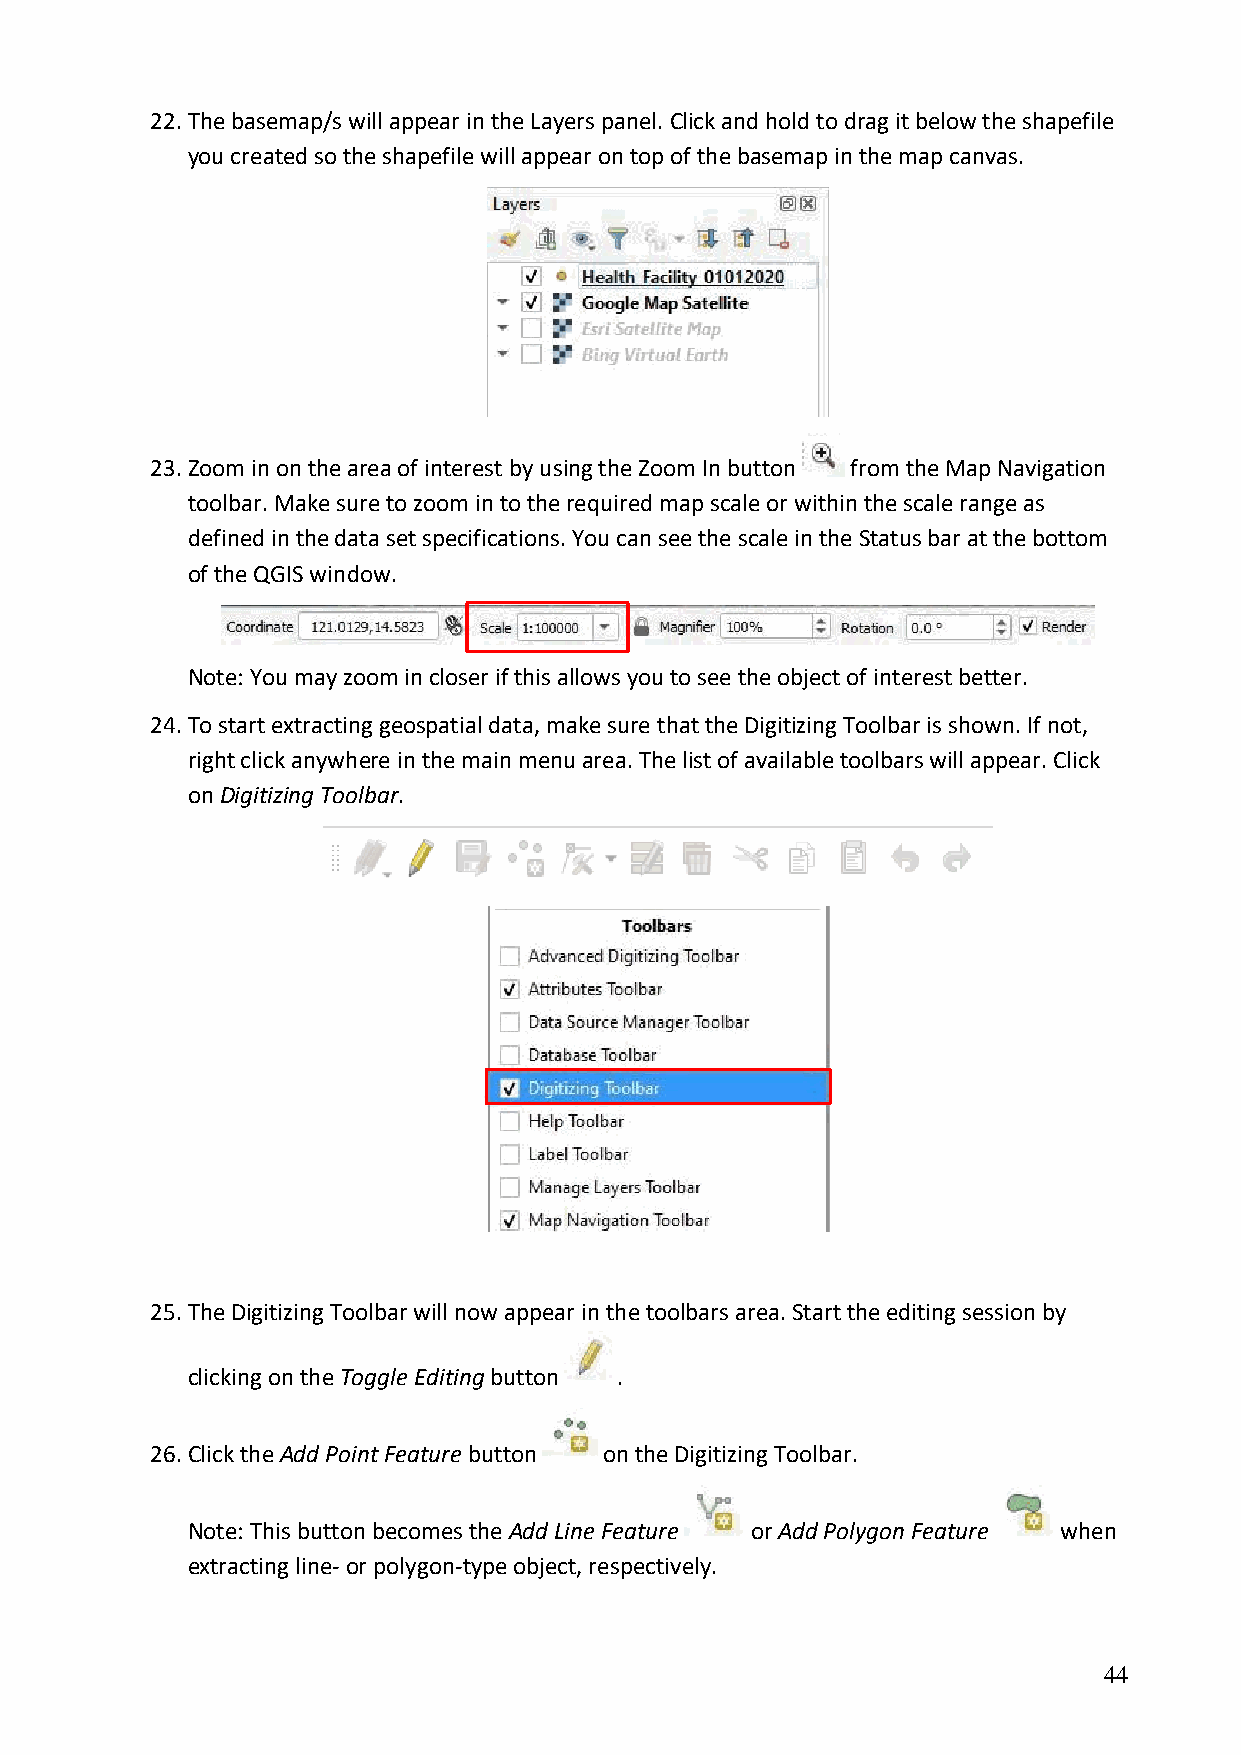
22. The basemap/s will appear in the Layers panel. Click and hold to drag it below the shapefile
 you created so the shapefile will appear on top of the basemap in the map canvas.
 23. Zoom in on the area of interest by using the Zoom In button from the Map Navigation
 toolbar. Make sure to zoom in to the required map scale or within the scale range as
 defined in the data set specifications. You can see the scale in the Status bar at the bottom
 of the QGIS window.
 Note: You may zoom in closer if this allows you to see the object of interest better.
 24. To start extracting geospatial data, make sure that the Digitizing Toolbar is shown. If not,
 right click anywhere in the main menu area. The list of available toolbars will appear. Click
 on Digitizing Toolbar.
 25. The Digitizing Toolbar will now appear in the toolbars area. Start the editing session by
 clicking on the Toggle Editing button .
 26. Click the Add Point Feature button on the Digitizing Toolbar.
 Note: This button becomes the Add Line Feature or Add Polygon Feature when
 extracting line- or polygon-type object, respectively.
 44